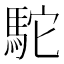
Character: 駝